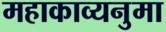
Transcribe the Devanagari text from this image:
महाकाव्यनुमा